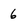
Character: 6